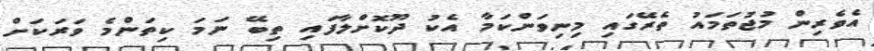
އެވެރިން މުޖުތަމައު ތެރޭގައި މިނިވަންކަމާ އެކު ދޫކޮށްލާފައި ތިބޭ ނަމަ ކިތަންމެ ވަރަކަށް